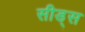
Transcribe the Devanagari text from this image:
सीड्‌स